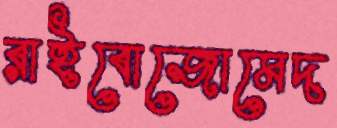
রাইবোজোমেদ